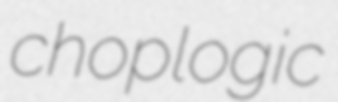
choplogic